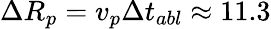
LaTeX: \Delta R_{p}=v_{p}\Delta t_{abl}\approx 11.3